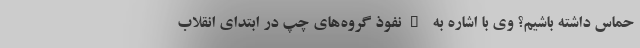
حماس داشته باشیم؟ وی با اشاره به "نفوذ گروه‌های چپ در ابتدای انقلاب